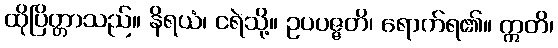
ထိုပြိတ္တာသည်။ နိရယံ၊ ငရဲသို့။ ဥပပဇ္ဇတိ၊ ရောက်ရ၏။ ဣတိ၊